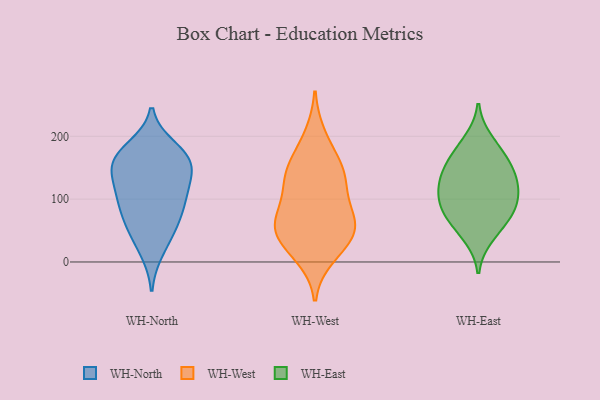
{"axis": {"x": "Waste Production (Tons)", "y": "Value"}, "legend": ["WH-East", "WH-North", "WH-West"], "data": [{"x": "", "y": 181, "type": "WH-North"}, {"x": "", "y": 161, "type": "WH-North"}, {"x": "", "y": 106, "type": "WH-North"}, {"x": "", "y": 45, "type": "WH-North"}, {"x": "", "y": 161, "type": "WH-North"}, {"x": "", "y": 96, "type": "WH-North"}, {"x": "", "y": 164, "type": "WH-North"}, {"x": "", "y": 18, "type": "WH-North"}, {"x": "", "y": 104, "type": "WH-North"}, {"x": "", "y": 140, "type": "WH-North"}, {"x": "", "y": 68, "type": "WH-North"}, {"x": "", "y": 66, "type": "WH-North"}, {"x": "", "y": 166, "type": "WH-North"}, {"x": "", "y": 129, "type": "WH-North"}, {"x": "", "y": 78, "type": "WH-West"}, {"x": "", "y": 10, "type": "WH-West"}, {"x": "", "y": 200, "type": "WH-West"}, {"x": "", "y": 58, "type": "WH-West"}, {"x": "", "y": 24, "type": "WH-West"}, {"x": "", "y": 116, "type": "WH-West"}, {"x": "", "y": 133, "type": "WH-West"}, {"x": "", "y": 53, "type": "WH-West"}, {"x": "", "y": 149, "type": "WH-West"}, {"x": "", "y": 161, "type": "WH-West"}, {"x": "", "y": 67, "type": "WH-West"}, {"x": "", "y": 131, "type": "WH-West"}, {"x": "", "y": 40, "type": "WH-West"}, {"x": "", "y": 58, "type": "WH-West"}, {"x": "", "y": 106, "type": "WH-East"}, {"x": "", "y": 132, "type": "WH-East"}, {"x": "", "y": 170, "type": "WH-East"}, {"x": "", "y": 90, "type": "WH-East"}, {"x": "", "y": 114, "type": "WH-East"}, {"x": "", "y": 194, "type": "WH-East"}, {"x": "", "y": 163, "type": "WH-East"}, {"x": "", "y": 84, "type": "WH-East"}, {"x": "", "y": 145, "type": "WH-East"}, {"x": "", "y": 76, "type": "WH-East"}, {"x": "", "y": 40, "type": "WH-East"}, {"x": "", "y": 130, "type": "WH-East"}, {"x": "", "y": 61, "type": "WH-East"}]}